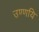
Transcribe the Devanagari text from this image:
उण्णयि